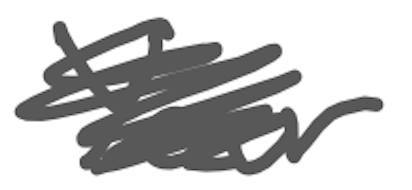
Text: Your
Cross-out: scratch
Writing tool: digital_gray